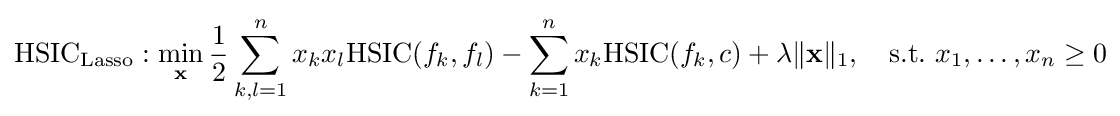
\mathrm {HSIC_{Lasso}} :\min _{\mathbf {x} }{\frac {1}{2}}\sum _{k,l=1}^{n}x_{k}x_{l}{\mbox{HSIC}}(f_{k},f_{l})-\sum _{k=1}^{n}x_{k}{\mbox{HSIC}}(f_{k},c)+\lambda \|\mathbf {x} \|_{1},\quad {\mbox{s.t.}}\ x_{1},\ldots ,x_{n}\geq 0